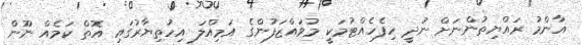
އާންމު ރައްޔިތުންނަށް ނުދީ ހިފެހެއްޓުމަކީ މުވައްޒަފުންގެ އަމިއްލަ އިހުތިޔާރުގައި އޮތް ކަމެއް ނޫން